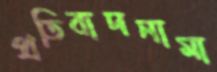
প্রতিবাদনামা